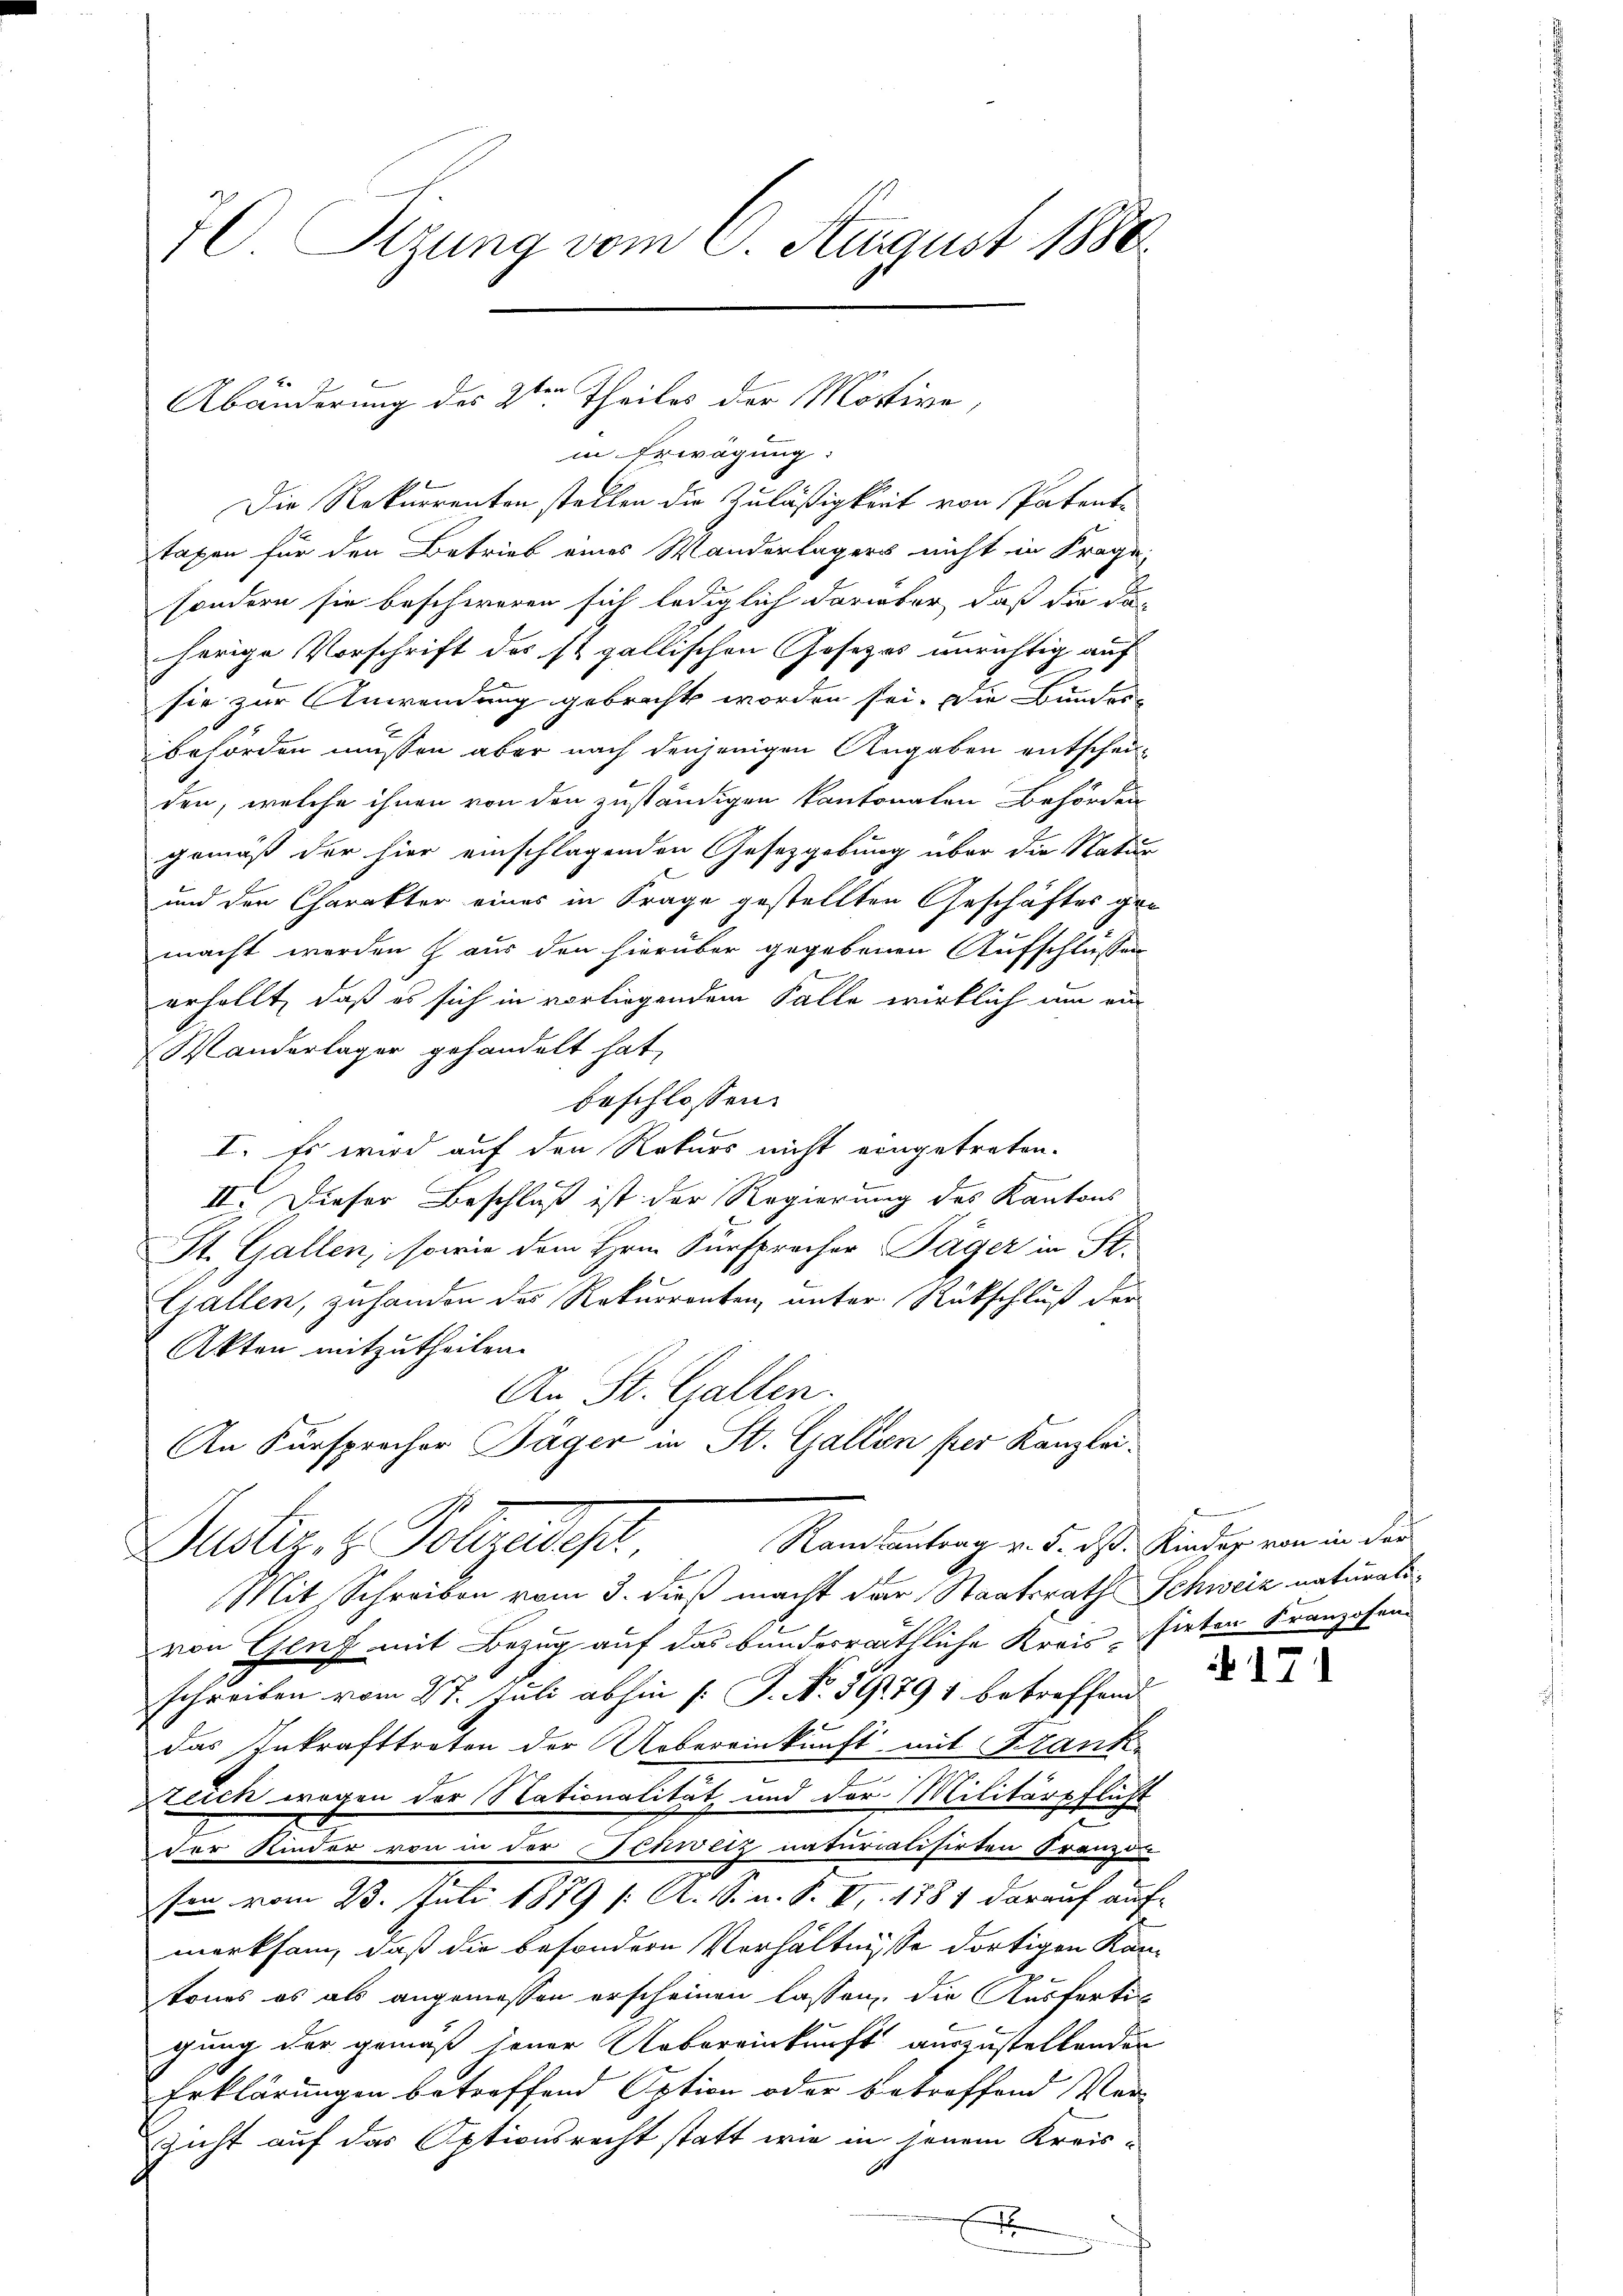
70. Sizung vom 6. August 1880

Abänderung des 2ten Theiles der Motive,

in Erwägung:
Die Rekurrenten stellen die Zuläßigkeit von Patent-
taxen für den Betrieb eines Manderlagers nicht in Frage,
sondern sie beschweren sich lediglich darüber, daß die da
herige Vorschrift des st. gallischen Gosezes unrichtig auf
sie zur Anwendung gebracht worden sei. Die Bundes-
behörden müssen aber nach denjenigen Angaben entscheiden, welche ihnen von den zuständigen kantonaten Behörden
gemäß der hier einschlagenden Gesetzgebung über die Natur
und der Charakter eines in Frage gestellten Geschäftes gromacht werden aus den hierüber gegebenen Aufschlüssen
erhellt, daß es sich in vorliegendem Falle wirklich um ein
Wanderlager gehandelt hat,
beschlossen:
I. Es wird auf den Rekurs nicht eingetreten.
II. Dieser Beschluß ist der Regierung des Kantons
St. Gallen, sowie dem Hrn. Fürspracher Jäger in St.
Gallen, zu handen des Rekurrenten, unter Rückschluß der
Akten mitzutheilen.
An St. Gallen.
An Fürsprecher Jäger in St. Gallen per Kanzlei¬
Justiz, z. Polizeidest. Mandeutung in diese Stunden, von in der
Mit Schreiben vom 3. dieß macht der Staatsrath Schweiz naturalivon Genf mit Bezug auf das bunderräthliche Kreissirten Franzosen-
schreiben vom 27. Juli abhin (: J. No 52/1791 betreffend
das Inkrafttreten der Uebereinkunft mit Frank
zeich wegen der Nationalität und der Militärpflicht
der Kinder von in der Schweiz naturialisirten Franzon
sen vom 23. Juli 1879 [ A. S. n. F. VII. 1887 darauf aufmerksam, daß die besondern Verhältnisse dortigen Kantones es als angemessen erscheinen lassen, die Ausfertig
gung der gemäß jener Uebereinkunft auszustellenden
Erklärungen betreffend Option oder betreffend Ver-
zicht auf das Aptionsrecht statt wie in jenem Kreis-
E

171